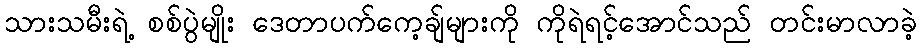
သားသမီးရဲ့ စစ်ပွဲမျိုး ဒေတာပက်ကေ့ချ်များကို ကိုရဲရင့်အောင်သည် တင်းမာလာခဲ့